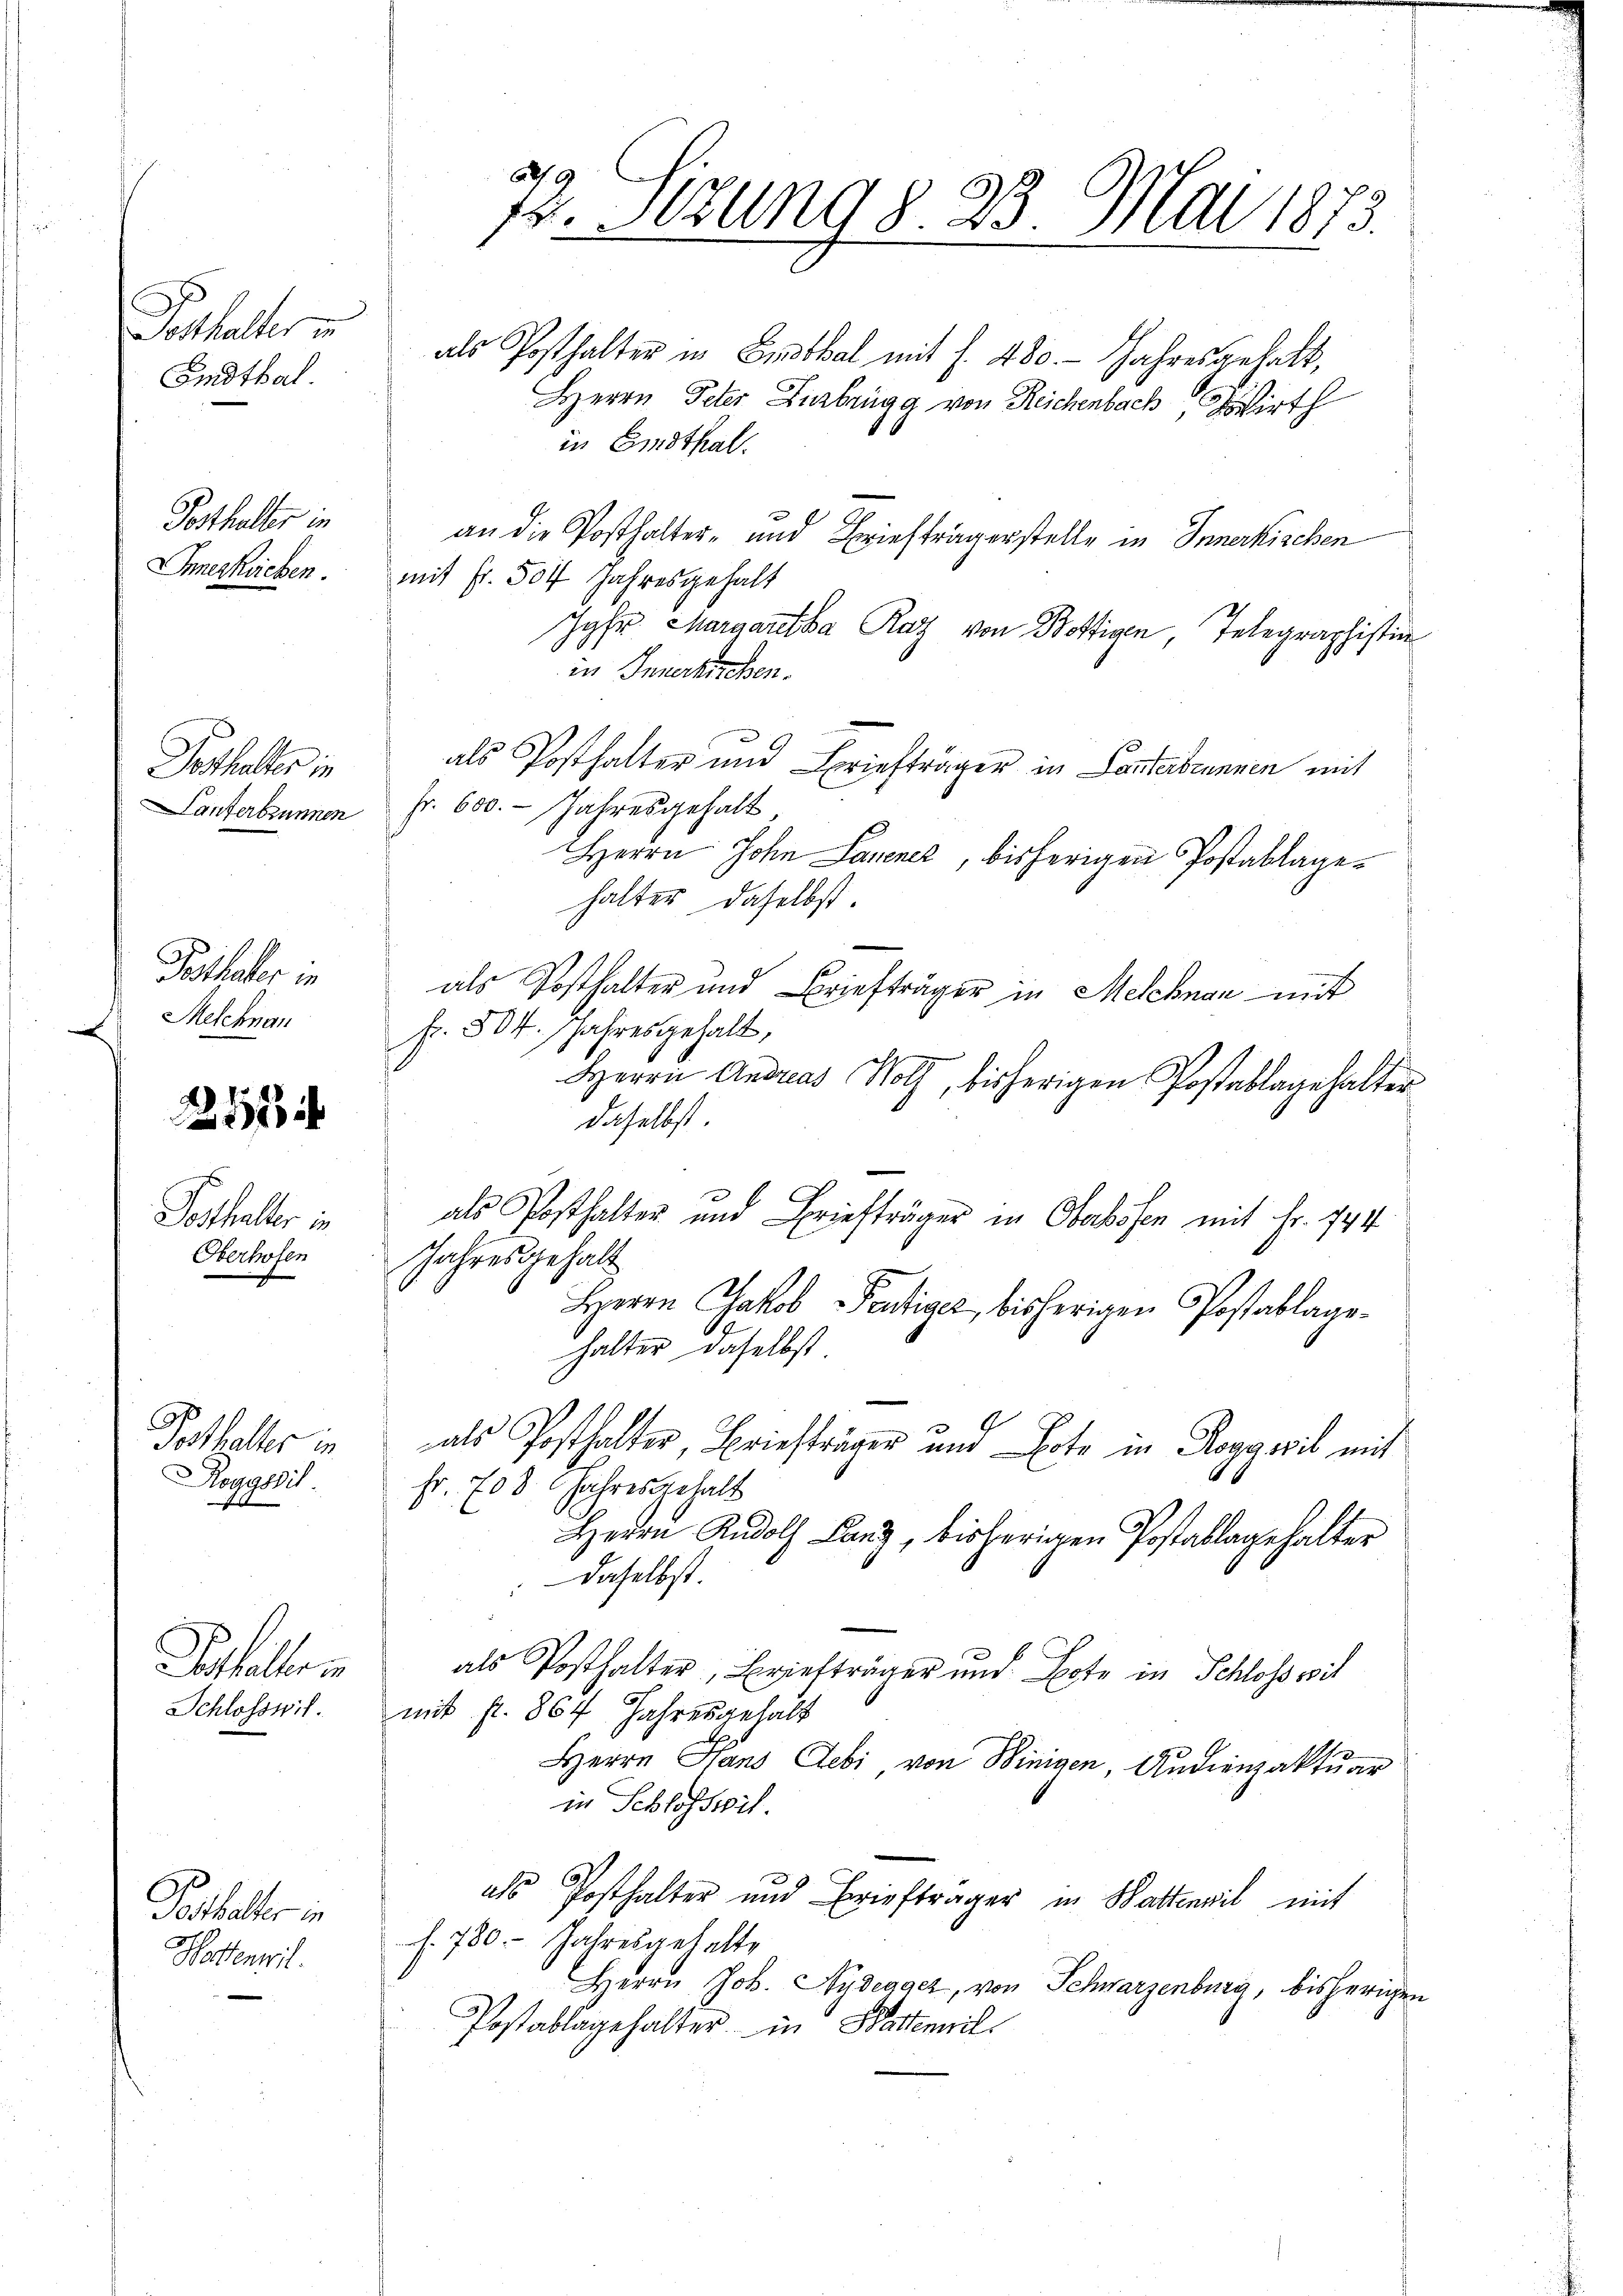
Potthalter
Emdthal.

Posthalter in
Innerhacken.

Posthalter in

Posthaler in
Melchnan
2

211

r
Posthalter in
Oberhofen

Posthalter in
Rougsil
e

sthaltern
Schlosswil.

Parthalter in
Hertenwil

Alf. 6.
12. Sitzung §. 23. Mai 1873.

Herrn Peter Zurbrugg von Reichenbach Hirth
in Einsthal.
an die Posthalter- und Briefträgerstelle in Innerkischen
mit Fr. 504 Jahresgehalt
Jgfr. Margaretha Raz von Bogen Telegraphisti
in Innerkirchen.
als Posthalter und Briefträger in Lanterbrunnen mit
Lanterbrunnen Fr. 600. - Jahresgehalt
Herrn John Lanener, bisherigen Postablagehalter daselbst.
als Posthalter und Briefträger in Melchnan mit
fr. 804. Jahresgehalt,
Herrn Andreas Wolf, bisherigen Postablagehalter
daselbst
x
als Posthalter und Briefträger in Obersten mit Fr. 144
Jahresgehalt
Herrn Jakob Peutiger, bisherigen Postablage
halter daselbst
als Posthalter, Briefträger und bote in Roggwil mit
fr. 708 Jahres gehalt
Herrn Rudolf Lanz, bisherigen Postablagehalter
daselbst
als Posthalter, Briefträger und Bote in Schloss wil
mit fl. 867 Jahresgehalt
Herrn Hans Debi von Winigen, Audienzaktuar
in Schlosserit.
als Posthalter und Briefträger in Wattenwil mit
f. 780 Jahresgehalte
Herrn Job. Aydegger, von Schwarzenburg, bisherigen
Postablagehalter in Batteil

als Posthalter in Enthal mit f. 480. Jahresgehalt,